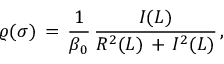
\varrho ( \sigma ) \, = \, \frac { 1 } { \beta _ { 0 } } \, \frac { I ( L ) } { R ^ { 2 } ( L ) \, + \, I ^ { 2 } ( L ) } \, ,